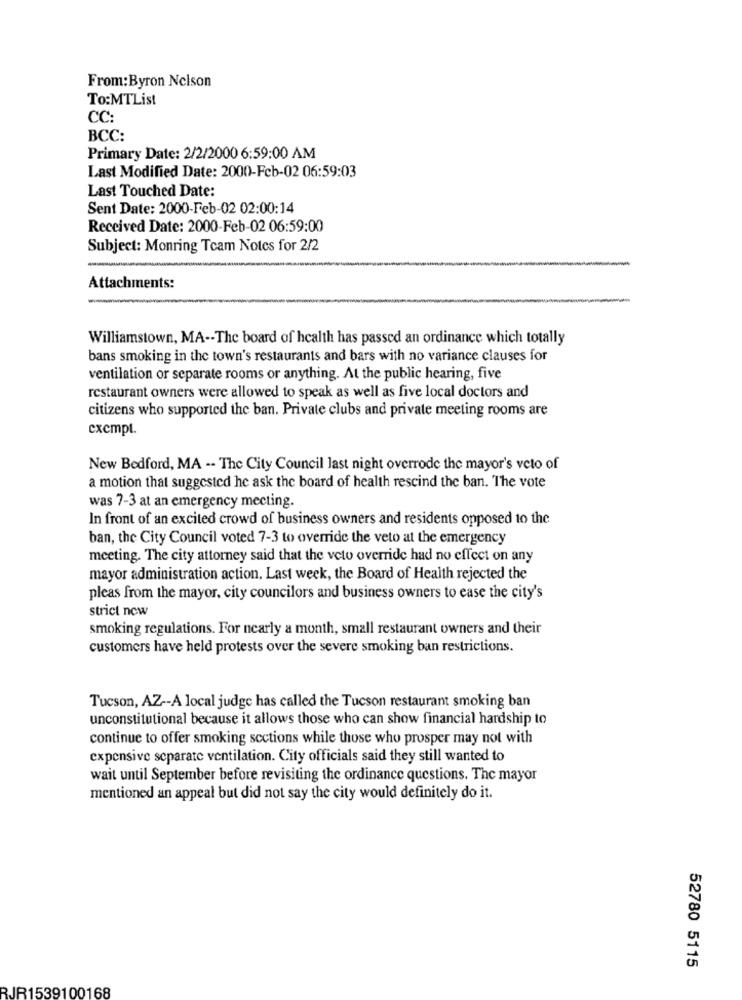
From:Byron Nelson
To:MTList
CC:
BCC:
Primary Date: 2/2/2000 6:59:00 AM
Last Modified Date: 2000-Fcb-02 06:59:03
Last Touched Date:
Sent Date: 2000-Feb-02 02:00:14
Received Date: 2000-Feb-02 06:59:00
Subject: Monring Tcam Notes for 2/2
Attachments:
Williamstown, MA -- The board of health has passed an ordinance which totally
bans smoking in the town's restaurants and bars with no variance clauses for
ventilation or separate rooms or anything. At the public hearing, five
restaurant owners were allowed to speak as well as five local doctors and
citizens who supported the ban. Private clubs and private meeting rooms are
cxcmpt.
New Bedford, MA -- The City Council last night overrode the mayor's veto of
a motion that suggested he ask the board of health rescind the ban. The vote
was 7-3 at an emergency mecting.
In front of an excited crowd of business owners and residents opposed to the
ban, the City Council voted 7-3 to override the veto at the emergency
meeting. The city attorney said that the veto override had no effect on any
mayor administration action. Last week, the Board of Health rejected the
pleas from the mayor, city councilors and business owners to ease the city's
strict now
smoking regulations. For nearly a month, small restaurant owners and their
customers have held protests over the severe smoking ban restrictions.
Tucson, AZ -- A local judge has called the Tucson restaurant smoking ban
unconstitutional because it allows those who can show financial hardship to
continue to offer smoking sections while those who prosper may not with
expensive separate ventilation. City officials said they still wanted to
wait until September before revisiting the ordinance questions. The mayor
mentioned an appeal but did not say the city would definitely do it.
52780 5115
RJR1539100168